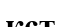
кст